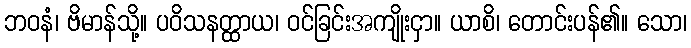
ဘဝနံ၊ ဗိမာန်သို့။ ပဝိသနတ္ထာယ၊ ဝင်ခြင်းအကျိုးငှာ။ ယာစိ၊ တောင်းပန်၏။ သော၊